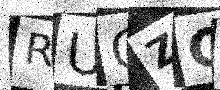
Text: RUGZG5